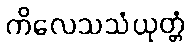
ကိလေသသံယုတ္တံ